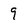
Character: 9